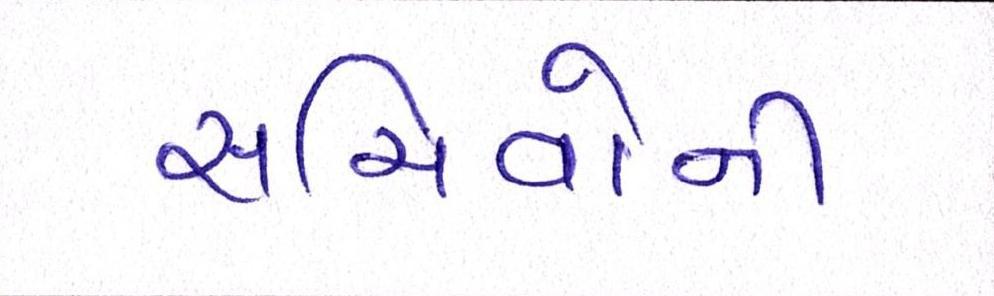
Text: સચિવોની